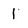
Character: 1